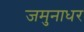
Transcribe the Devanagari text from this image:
जमुनाधर